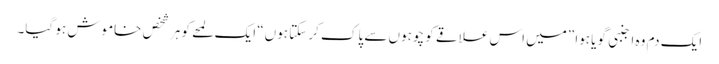
ایک دم وہ اجنبی گویا ہوا ”میں اس علاقے کو چوہوں سے پاک کر سکتا ہوں“ ایک لمحے کو ہرشخص خاموش ہو گیا۔